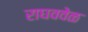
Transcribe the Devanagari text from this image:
राघववेळ